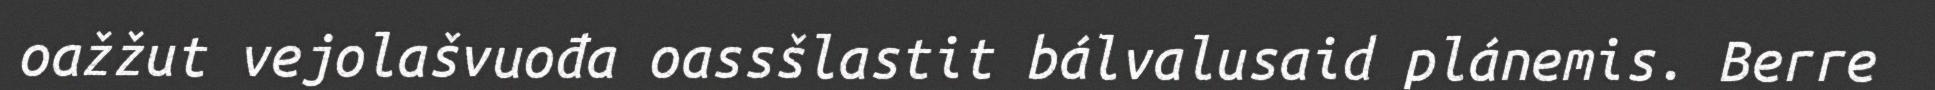
oažžut vejolašvuođa oassšlastit bálvalusaid plánemis. Berre